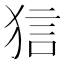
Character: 狺